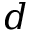
d